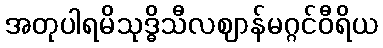
အတုပါရမိသုဒ္ဓိသီလဈာန်မဂ္ဂင်ဝီရိယ